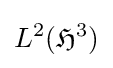
L^{2}({\mathfrak {H}}^{3})